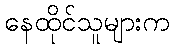
နေထိုင်သူများက